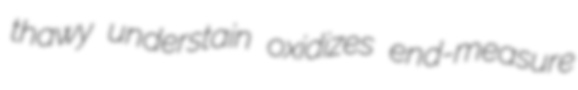
thawy understain oxidizes end-measure